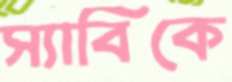
স্যাবিকে